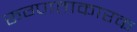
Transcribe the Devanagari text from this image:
रूग्णताकारक